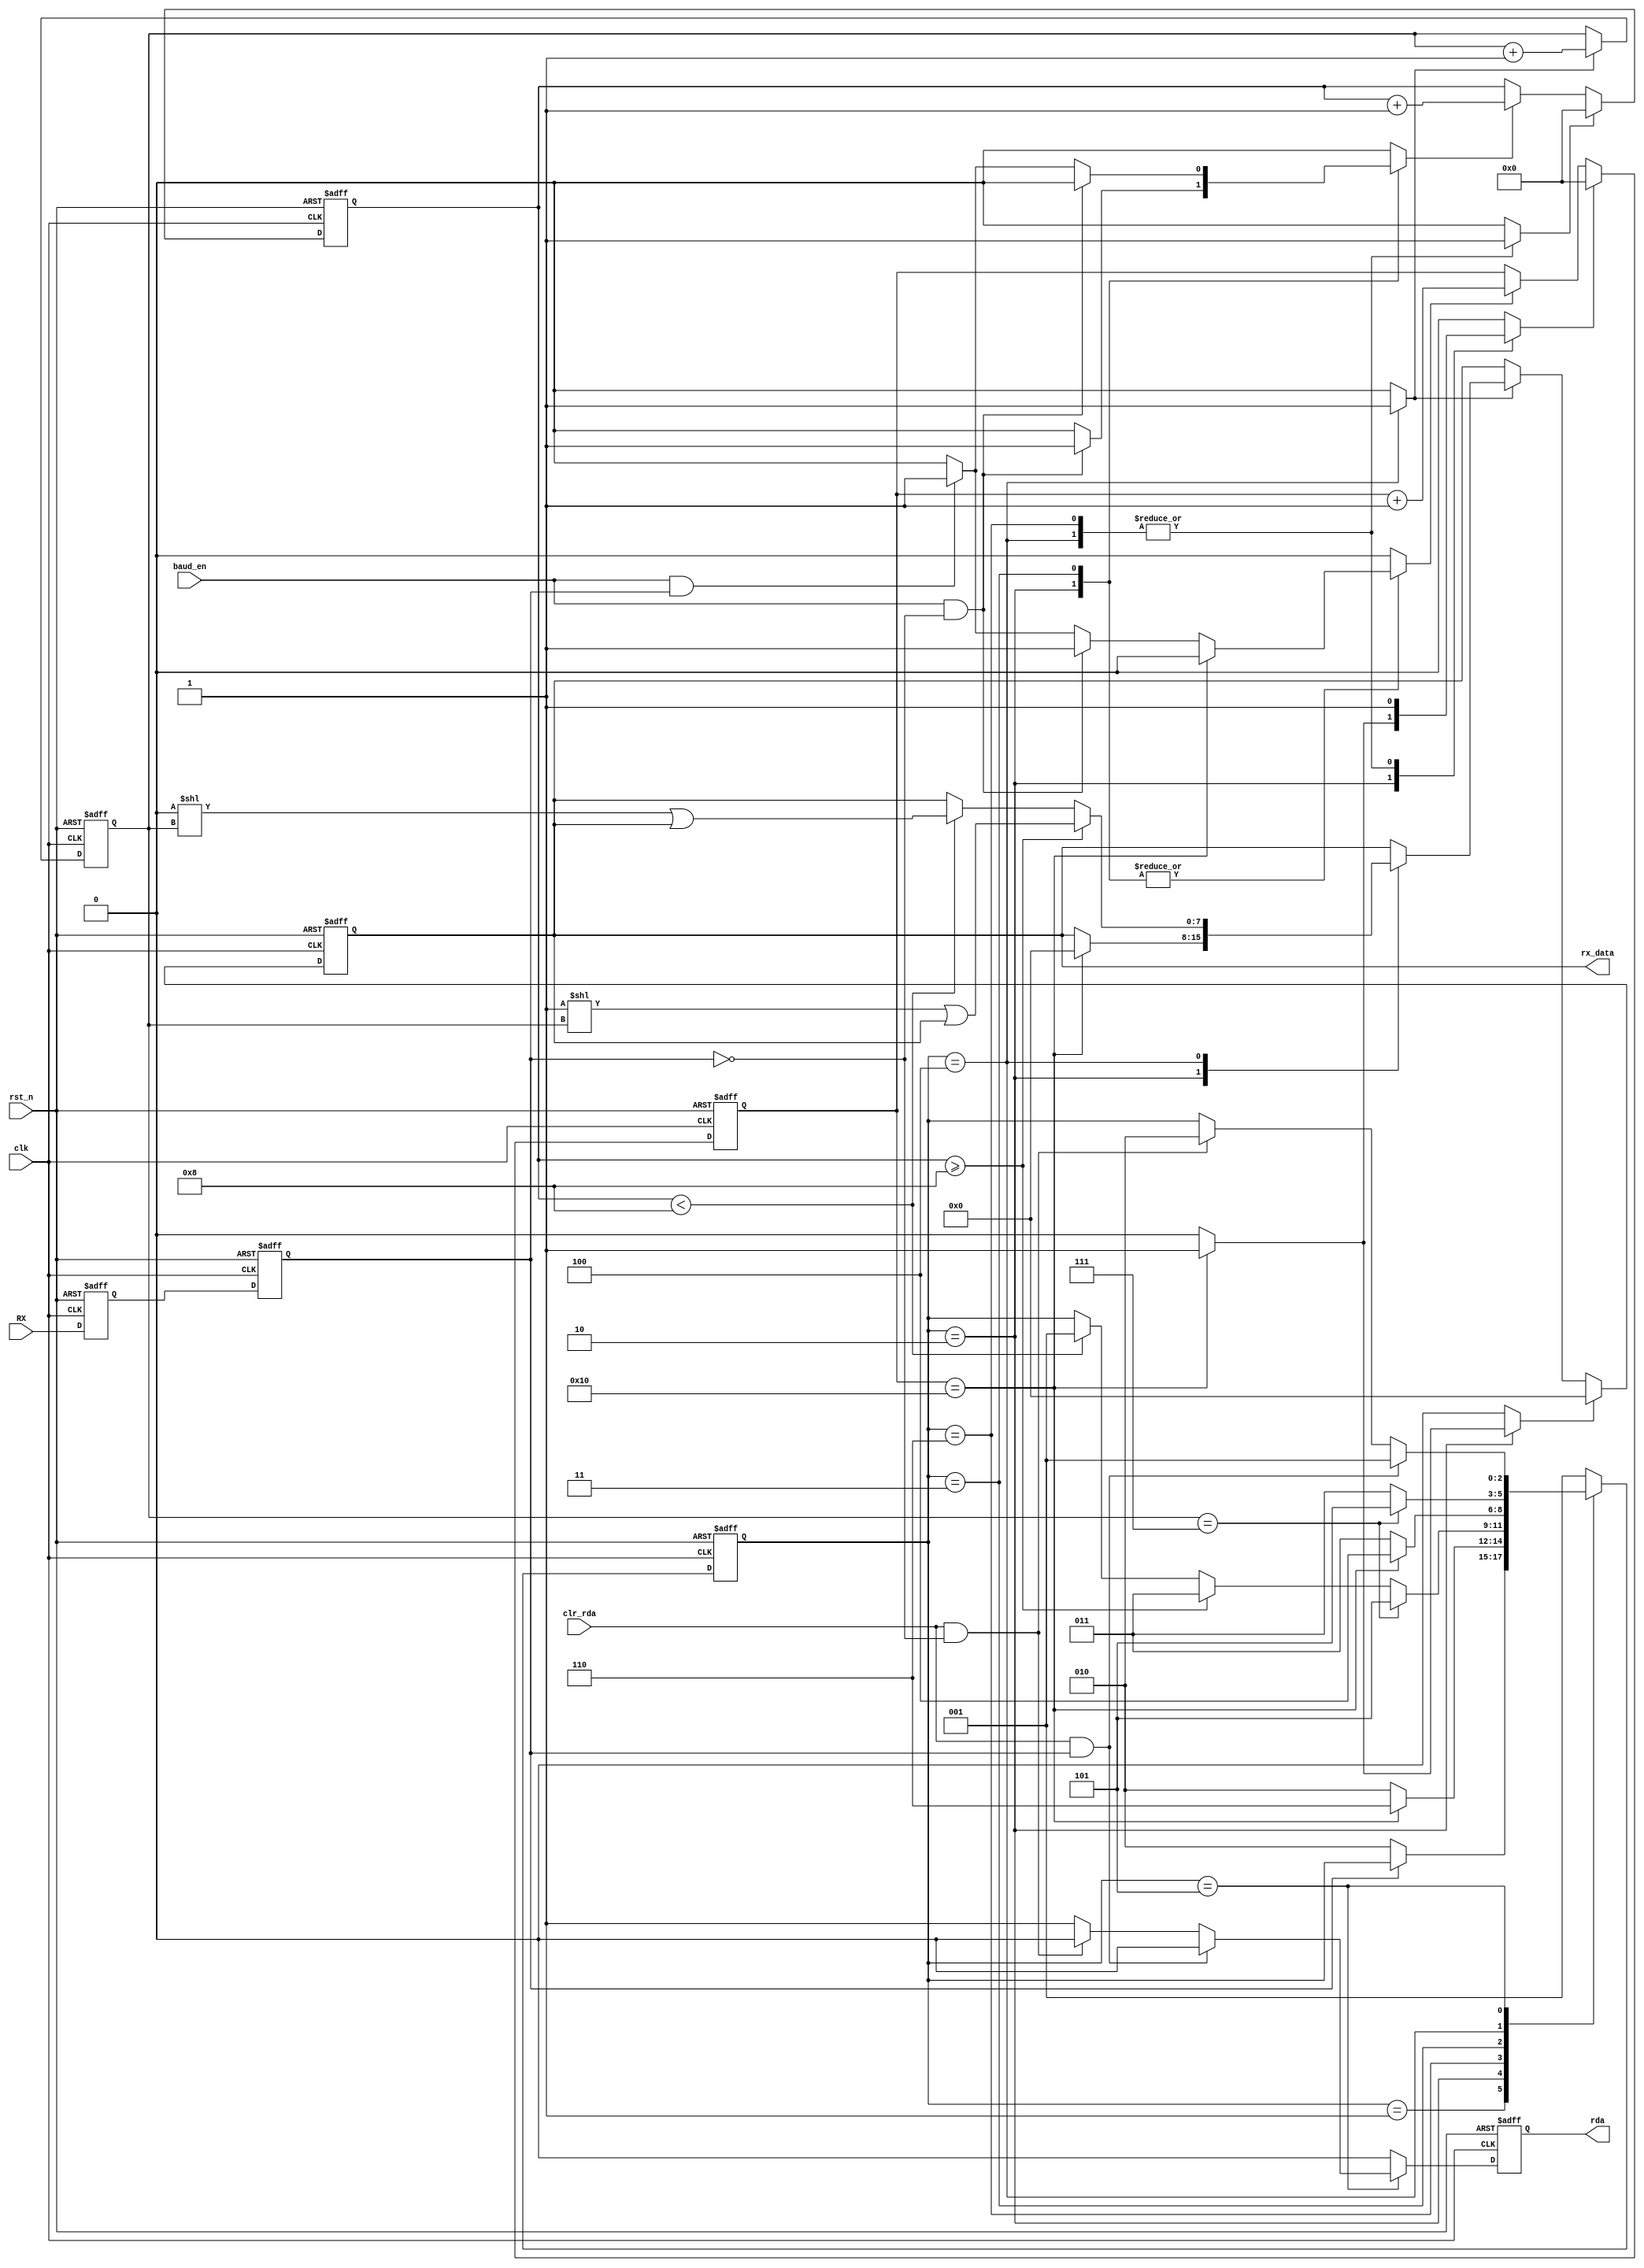
`timescale 1ns / 1ps
//////////////////////////////////////////////////////////////////////////////////
// Company: UW-Madison
// 
// Design Name: SPART
// Module Name: spart_rx
// Project Name: SPART
// Target Devices: FPGA Virtex 2 Pro
// Tool versions: Xilinx 10.1
// Description: 
// This block is responsible for receiving data over the data bus line (asynchronously). The FSM within this block first waits to see a 0 (the start bit), then proceeds to sample the incoming data 16 times per clock. Based on what the majority of the sample results, this value is recorded into rx_data_next. When 8bits were received, the databus is cleared (next cycle) and rda_next is asserted. 
//
// Dependencies:
//
// Revision: 
// Revision 0.01 - File Created
// Additional Comments: 
//
//////////////////////////////////////////////////////////////////////////////////

module spart_rx(
                // inputs
                clk, rst_n, clr_rda, baud_en, RX,
                // outputs
                rda, rx_data
                );

   // Port Declarations
   input  wire clk, rst_n, clr_rda, baud_en, RX;
   output reg  rda;
   output reg [7:0] rx_data;

   // Local Vars
   reg              bit_cnt_en, rda_next, rx_data_en, rx_data_clr;
   reg              mjr_cnt_en, mjr_cnt_clr, smpl_cnt_en, smpl_cnt_full;  
   reg              RX1, RX2;
   reg [2:0]        bit_cnt;
   reg [4:0]        mjr_cnt, smpl_cnt;
   reg [2:0]        state, state_next;
   reg [7:0]        rx_data_next; 

   // Local Consts
   parameter IDLE = 3'b001, START = 3'b010, SAMPLE = 3'b011, RECORD = 3'b100, FIN = 3'b101, START_TEST=3'b110;


   //////////////////////////
   //3 Bit Counter         //
   ////////////////////////// 
   always @(posedge clk or negedge rst_n) begin
      if (!rst_n)
        bit_cnt <= 3'b000;// declare
      else if (bit_cnt_en)
        bit_cnt <= bit_cnt+1;// increment
      else
        bit_cnt <= bit_cnt;// no change
   end

   //////////////////////////////
   //4 bit Majority Counter   //
   ////////////////////////////// 
   always @(posedge clk or negedge rst_n) begin
      if (!rst_n)
        mjr_cnt <= 5'h0;// declare
      else if (mjr_cnt_clr)
        mjr_cnt <= 5'h0;// clear 
      else if (mjr_cnt_en) 
        mjr_cnt <= mjr_cnt+1;// increment
      else
        mjr_cnt <= mjr_cnt;// no change
   end

   //////////////////////////////
   //4 bit Sample Counter   //
   ////////////////////////////// 
   always @(posedge clk or negedge rst_n) begin
      if (!rst_n)
        smpl_cnt <= 5'h0;// declare 
      else if (smpl_cnt_full) 
        smpl_cnt <= 5'h0;// clear
      else if (smpl_cnt_en) 
        smpl_cnt <= smpl_cnt+1;// increment
      else
        smpl_cnt <= smpl_cnt;// no change
   end

   ///////////////////////////
   //8 Bit Register to hold //
   //incoming data          //
   /////////////////////////// 
   always @(posedge clk or negedge rst_n) begin
      if (!rst_n)
        rx_data <= 8'h00;// declare
      else if (rx_data_clr)
        rx_data <= 8'h00;// clear
      else if (rx_data_en)
        rx_data <= rx_data_next;// receiving
      else
        rx_data <= rx_data;// no change
   end

   /////////////////////////////////////
   //Flop the rda  bit                //
   /////////////////////////////////////
   always @(posedge clk or negedge rst_n) begin
      if (!rst_n)
        rda <= 1'b0;
      else
        rda <= rda_next;
   end

   /////////////////////////////////////
   //Double Flop the incoming RX      //
   /////////////////////////////////////
   always @(posedge clk or negedge rst_n) begin
      if (!rst_n) begin
         RX1 <= 1'b0;  
         RX2 <= 1'b0;
      end
      else begin
         RX1 <= RX;
         RX2 <= RX1; 
      end
   end

   /////////////////////////////////
   //Implement the fsm             /
   /////////////////////////////////
   always @(posedge clk or negedge rst_n) 
     begin : FSM_SEQ
        if (!rst_n)
          state <= IDLE;
        else
          state <= state_next;
     end

   /////////////////////////////////
   //Output Logic                  /
   /////////////////////////////////
   always @ (*)
     begin : FSM_COMBO
        rda_next = 0;
        bit_cnt_en = 0;
        mjr_cnt_en = 0;
        mjr_cnt_clr = 0;
        smpl_cnt_en = 0;
        smpl_cnt_full = 0;
        rx_data_en = 0;
        rx_data_next = rx_data;
        state_next = state;
        rx_data_clr = 0;
        
        case(state)
          IDLE:
            if(!RX2) begin
               state_next = START;
            end

          START: //sample start bit
            begin
               bit_cnt_en = 0;                                     
               rx_data_clr = 0;
               state_next = START;               
               if (baud_en && RX2) begin
                  smpl_cnt_en = 1; 
                  mjr_cnt_en = 0;
               end
               if (baud_en && !RX2) begin
                  smpl_cnt_en = 1;
                  mjr_cnt_en = 1;                  
               end
               if (/*baud_en &&*/ (smpl_cnt == 5'd16)) begin
                  //sampled 16 times
                  rx_data_next = 8'h00;                                    
                  state_next = START_TEST;
                  rx_data_clr=1;
                  smpl_cnt_en = 0;                                                                        
                  smpl_cnt_full = 1;                  
               end
               
            end


          START_TEST: //determine if it's a start bit or just a glitch
            begin
               smpl_cnt_full = 1;
               mjr_cnt_clr = 1;
               if (mjr_cnt >= 5'd8) begin
                  state_next = SAMPLE;
               end
               else if (mjr_cnt < 5'd8) begin 
                  state_next = IDLE;
               end
               if (bit_cnt == 3'b111)
                 state_next = FIN;
               
            end // case: START_TEST
          
          
          SAMPLE: //sample the RX line
            begin
               rx_data_clr = 0;
               state_next = SAMPLE;               
               if (baud_en && RX2) begin
                  smpl_cnt_en = 1;                                    
                  mjr_cnt_en = 1;
               end
               if (baud_en && !RX2) begin
                  smpl_cnt_en = 1;                                    
                  mjr_cnt_en = 0;
               end
               if (/*baud_en &&*/ (smpl_cnt == 5'd16)) begin
                  //sampled 16 times
                  state_next = RECORD;
                  smpl_cnt_en = 0; 
               end
            end

          RECORD: //get the majority vote of sampled data and record it as one bit
            begin
               smpl_cnt_full = 1;
               bit_cnt_en = 1;
               mjr_cnt_clr = 1;
               rx_data_en = 1;
               state_next = SAMPLE;
               if (mjr_cnt >= 5'd8) begin
                  rx_data_next = (8'h01<<bit_cnt) | rx_data;
               end
               else if (mjr_cnt < 5'd8) begin 
                  rx_data_next = (8'h00<<bit_cnt) | rx_data;
               end
               if (bit_cnt == 3'b111)
                 state_next = FIN;
            end // case: REC

          FIN:
            begin
               rda_next = 1;
               if (clr_rda && RX2) begin
                  rda_next = 0;//when clr_rda is asserted,deassert rda
                  state_next = IDLE;
               end
               //if the clr_rda is asserted and transmission starts at the same time
               else if (clr_rda && !RX2) begin
                  rda_next = 0; //clear ready
                  state_next = START;
               end
            end // case: FIN

          default:
            begin
               state_next = IDLE;
            end
        endcase

     end

endmodule